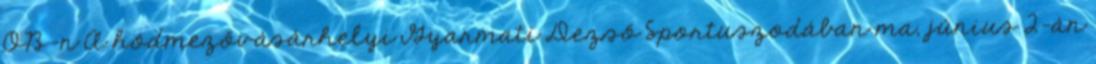
OB-n A hódmezővásárhelyi Gyarmati Dezső Sportuszodában ma, június 2-án